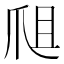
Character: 𤔈